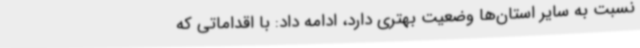
نسبت به سایر استان‌ها وضعیت بهتری دارد، ادامه داد: با اقداماتی که